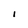
Character: I